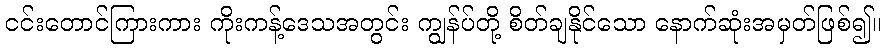
ငင်းတောင်ကြားကား ကိုးကန့်ဒေသအတွင်း ကျွန်ပ်တို့ စိတ်ချနိုင်သော နောက်ဆုံးအမှတ်ဖြစ်၍။